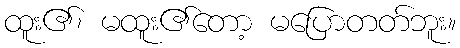
ထူး၏၊ မထူး၏တော့ မပြောတတ်ဘူး။